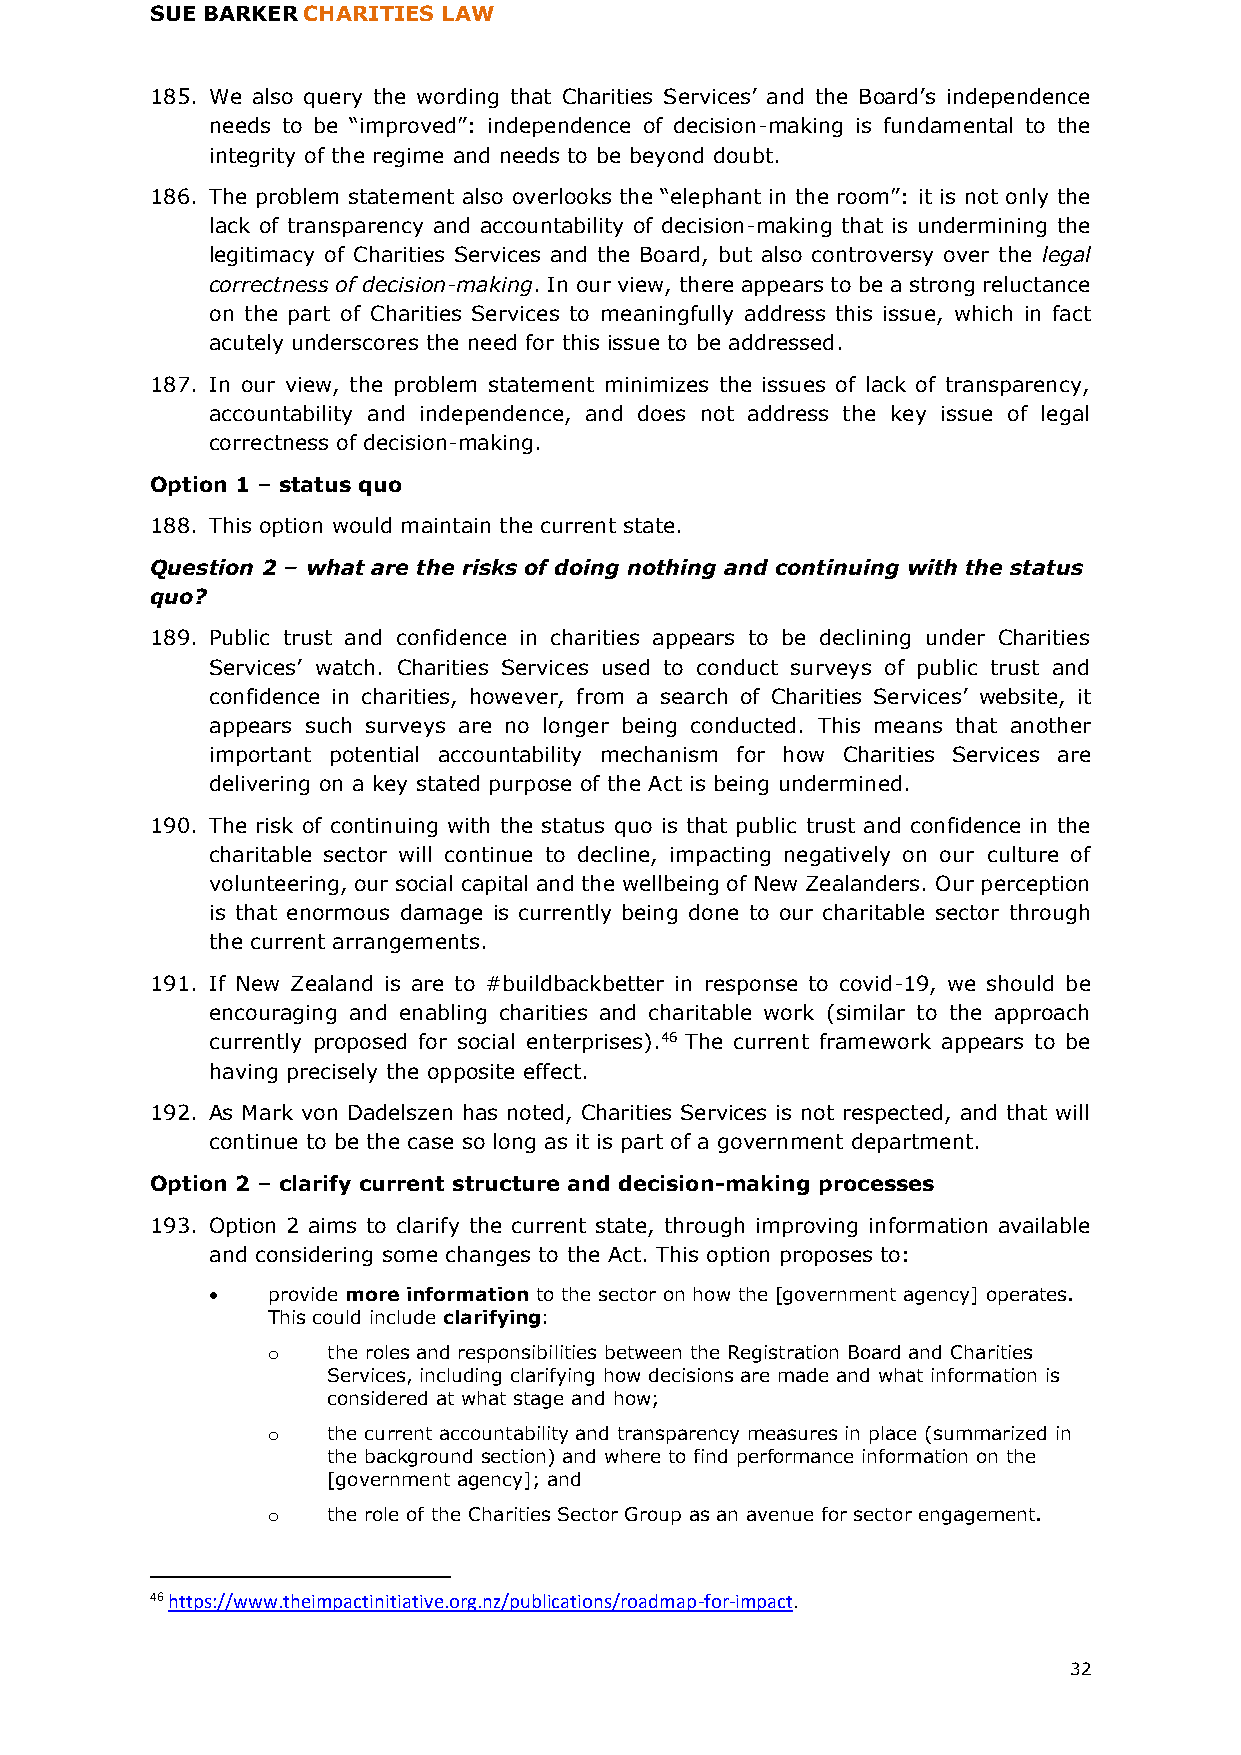
SUE BARKER CHARITIES LAW
 185. We also query the wording that Charities Services’ and the Board’s independence
 needs to be “improved”: independence of decision-making is fundamental to the
 integrity of the regime and needs to be beyond doubt.
 186. The problem statement also overlooks the “elephant in the room”: it is not only the
 lack of transparency and accountability of decision-making that is undermining the
 legitimacy of Charities Services and the Board, but also controversy over the legal
 correctness of decision-making. In our view, there appears to be a strong reluctance
 on the part of Charities Services to meaningfully address this issue, which in fact
 acutely underscores the need for this issue to be addressed.
 187. In our view, the problem statement minimizes the issues of lack of transparency,
 accountability and independence, and does not address the key issue of legal
 correctness of decision-making.
 Option 1 – status quo
 188. This option would maintain the current state.
 Question 2 – what are the risks of doing nothing and continuing with the status
 quo?
 189. Public trust and confidence in charities appears to be declining under Charities
 Services’ watch. Charities Services used to conduct surveys of public trust and
 confidence in charities, however, from a search of Charities Services’ website, it
 appears such surveys are no longer being conducted. This means that another
 important potential accountability mechanism for how Charities Services are
 delivering on a key stated purpose of the Act is being undermined.
 190. The risk of continuing with the status quo is that public trust and confidence in the
 charitable sector will continue to decline, impacting negatively on our culture of
 volunteering, our social capital and the wellbeing of New Zealanders. Our perception
 is that enormous damage is currently being done to our charitable sector through
 the current arrangements.
 191. If New Zealand is are to #buildbackbetter in response to covid-19, we should be
 encouraging and enabling charities and charitable work (similar to the approach
 currently proposed for social enterprises).46 The current framework appears to be
 having precisely the opposite effect.
 192. As Mark von Dadelszen has noted, Charities Services is not respected, and that will
 continue to be the case so long as it is part of a government department.
 Option 2 – clarify current structure and decision-making processes
 193. Option 2 aims to clarify the current state, through improving information available
 and considering some changes to the Act. This option proposes to:
 •   provide more information to the sector on how the [government agency] operates.
 This could include clarifying:
 o   the roles and responsibilities between the Registration Board and Charities
 Services, including clarifying how decisions are made and what information is
 considered at what stage and how;
 o   the current accountability and transparency measures in place (summarized in
 the background section) and where to find performance information on the
 [government agency]; and
 o   the role of the Charities Sector Group as an avenue for sector engagement.
 46 https://www.theimpactinitiative.org.nz/publications/roadmap-for-impact.
 32